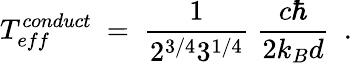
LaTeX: T_{eff}^{conduct}\ =\ \frac{1}{2^{3/4}3^{1/4}}\ \frac{c\hbar}{2k_{B}d}\ \ .